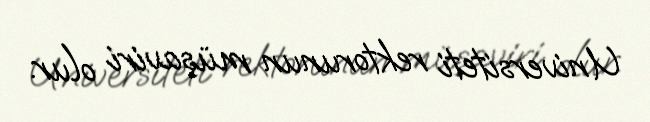
Universiteti rektorunun müşaviri olur.